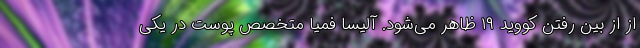
از از بین رفتن کووید ۱۹ ظاهر می‌شود. آلیسا فمیا متخصص پوست در یکی